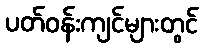
ပတ်ဝန်းကျင်များတွင်